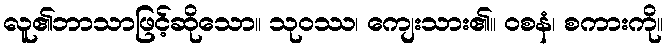
လူ၏ဘာသာဖြင့်ဆိုသော။ သုဝဿ၊ ကျေးသား၏။ ဝစနံ၊ စကားကို။